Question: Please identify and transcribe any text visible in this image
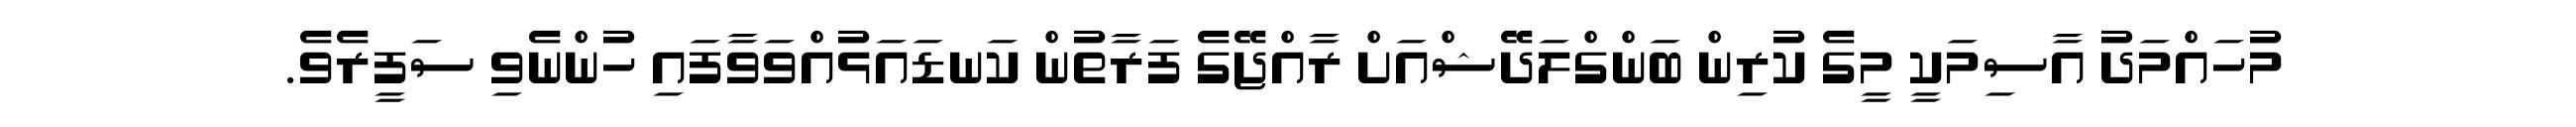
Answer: މުހައްމަދު އާސިމަކީ މީގެ ކުރިން ބަންގްލަދޭޝްއަށް ރާއްޖޭގެ ފަރާތުން ކަނޑައަޅުއްވަވާފައި ހުންނެވި ސަފީރެވެ.